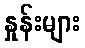
နှုန်းများ